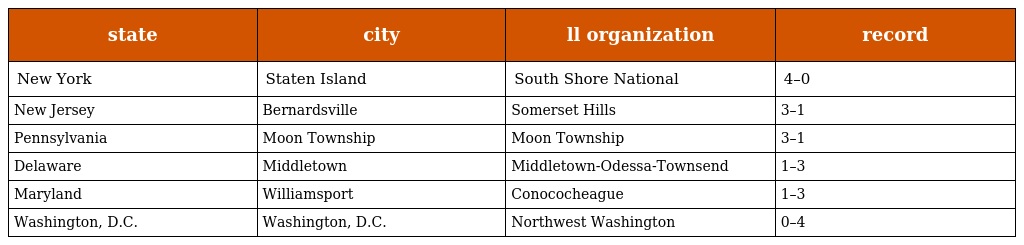
| state | city | ll organization | record |
 | --- | --- | --- | --- |
 | New York | Staten Island | South Shore National | 4–0 |
 | New Jersey | Bernardsville | Somerset Hills | 3–1 |
 | Pennsylvania | Moon Township | Moon Township | 3–1 |
 | Delaware | Middletown | Middletown-Odessa-Townsend | 1–3 |
 | Maryland | Williamsport | Conococheague | 1–3 |
 | Washington, D.C. | Washington, D.C. | Northwest Washington | 0–4 |